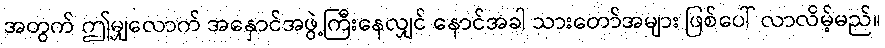
အတွက် ဤမျှလောက် အနှောင်အဖွဲ့ကြီးနေလျှင် နောင်အခါ သားတော်အများ ဖြစ်ပေါ် လာလိမ့်မည်။